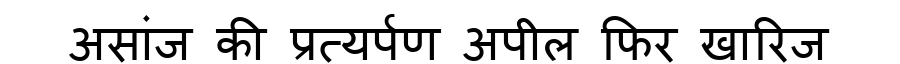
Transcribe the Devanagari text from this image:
असांज की प्रत्यर्पण अपील फिर खारिज